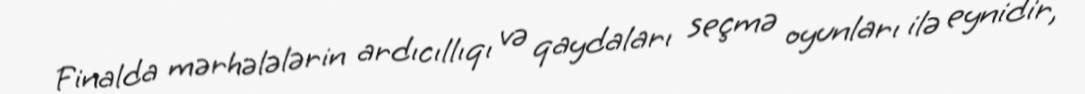
Finalda mərhələlərin ardıcıllıqı və qaydaları seçmə oyunları ilə eynidir,